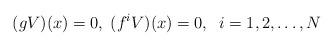
LaTeX: \begin{align*}(gV)(x)=0,\; (f^{i} V)(x)=0,\; \; i=1,2,\ldots ,N\end{align*}